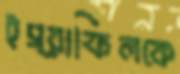
ইস্রাফিলকে